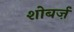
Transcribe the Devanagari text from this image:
शोबर्ज़